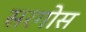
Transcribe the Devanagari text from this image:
सरगोस